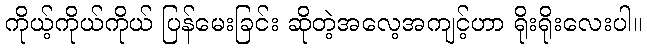
ကိုယ့်ကိုယ်ကိုယ် ပြန်မေးခြင်း ဆိုတဲ့အလေ့အကျင့်ဟာ ရိုးရိုးလေးပါ။